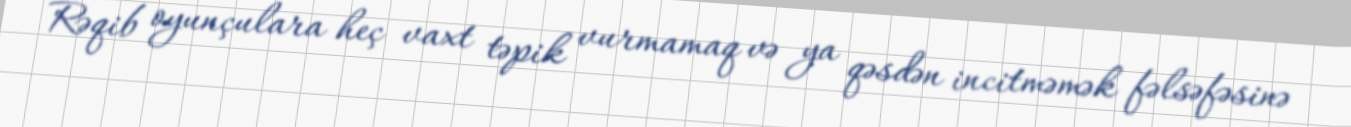
Rəqib oyunçulara heç vaxt təpik vurmamaq və ya qəsdən incitməmək fəlsəfəsinə